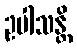
ဥပါသန္တိ